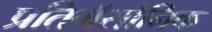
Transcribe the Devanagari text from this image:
प्रतिमॅसोनिक